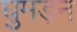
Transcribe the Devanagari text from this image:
घुमड़न